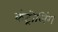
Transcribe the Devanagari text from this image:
कंट्रोलिंग